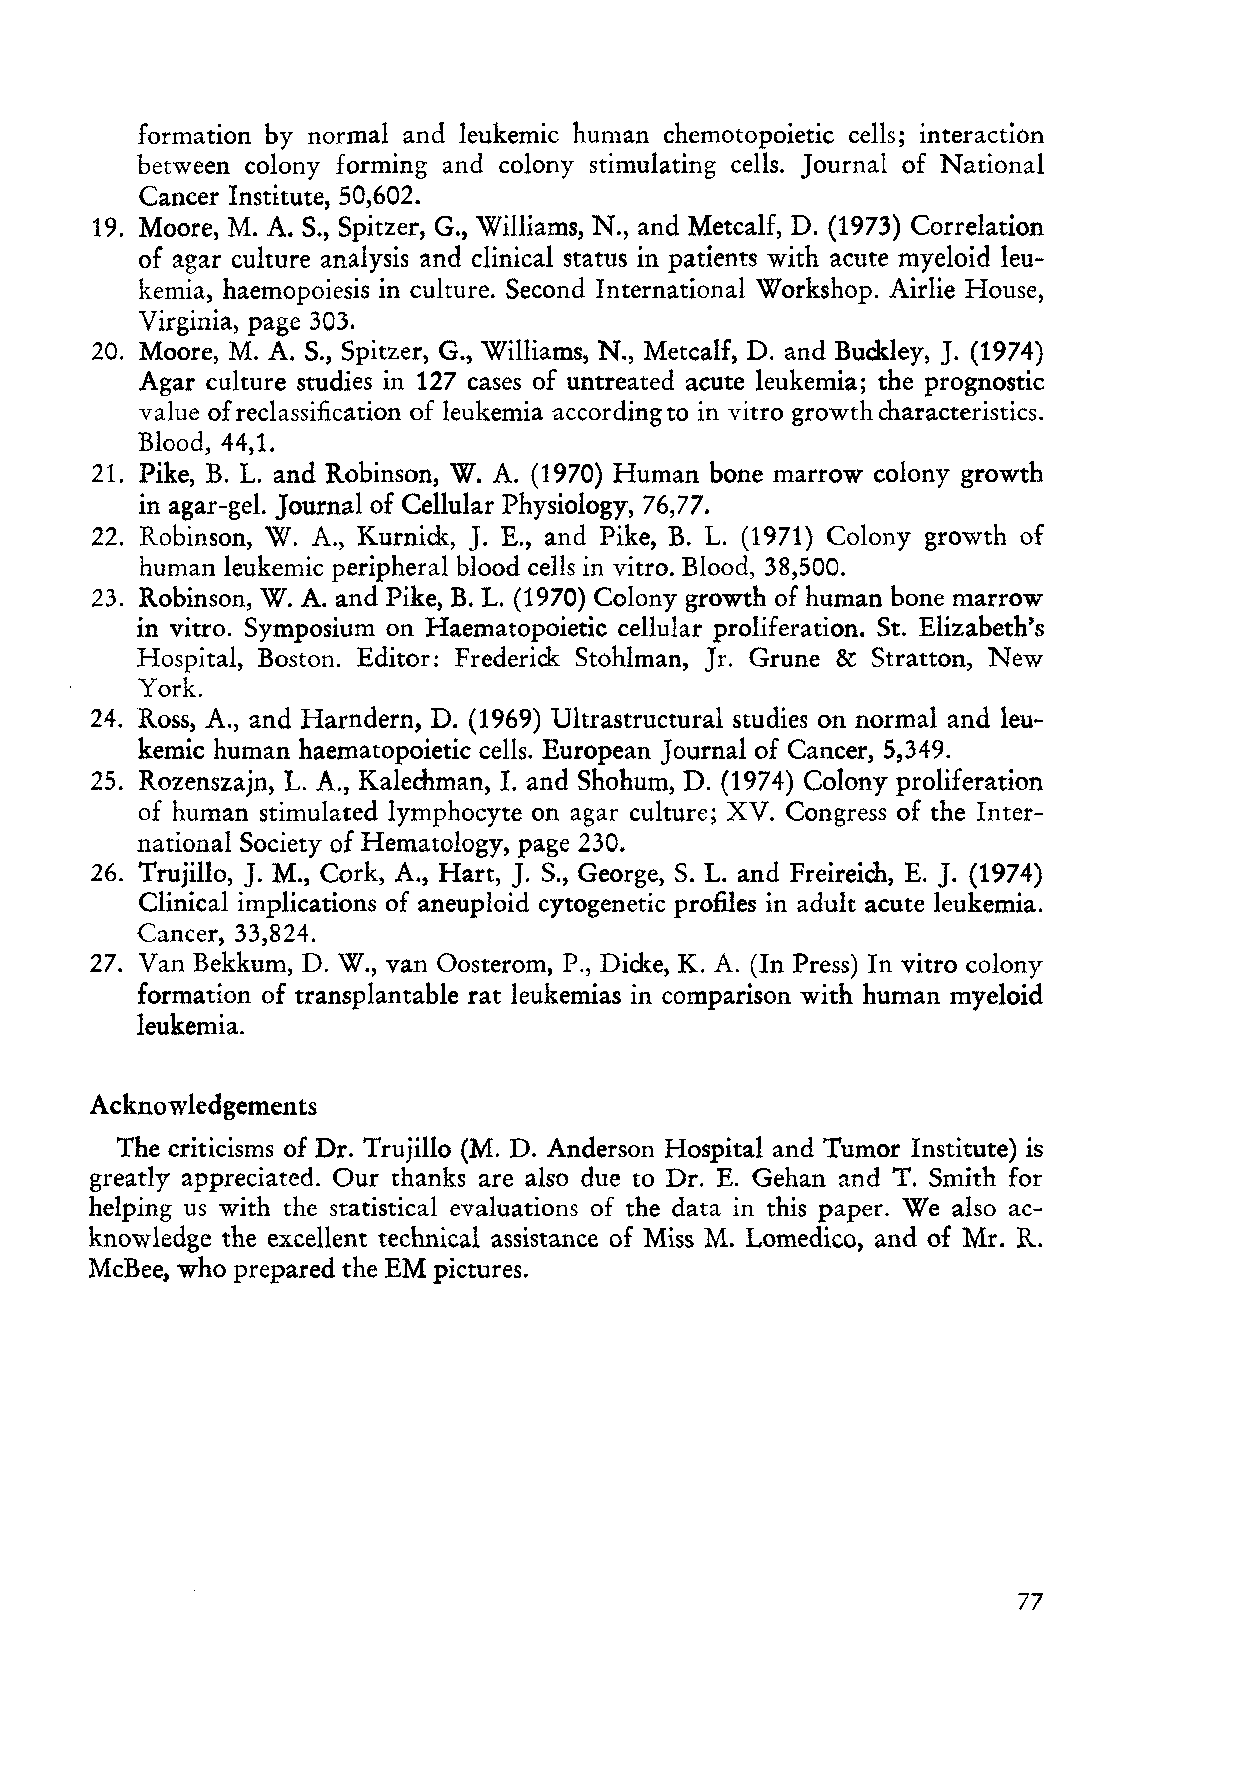
formation by normal and leukemic human chemotopoietic cells; interaction
 between colony forming and colony stimulating cells. Journal of National
 Cancer Institute, 50,602.
 19. Moore, M. A. S., Spitzer, G., Williams, N., and Metcalf, D. (1973) Correlation
 of ag ar culture analysis and clinical status in patients with acute myeloid leu
 kemia, haemopoiesis in culture. Second International Workshop. Airlie House,
 Virginia, page 303.
 20. Moore, M. A. S., Spitzer, G., Williams, N., Metcalf, D. and Buckley, J. (1974)
 Agar culture studies in 127 cases of untreated acute leukemia; the prognostic
 value of reclassification of leukemia according to in vitro growth characteristics.
 Blood, 44,1.
 21. Pike, B. 1. and Robinson, W. A. (1970) Human bone marrow colony growth
 in agar-gel. Journal of Cellular Physiology, 76,77.
 22. Robinson, W. A., Kurnick, J. E., and Pike, B. 1. (1971) Colony growth of
 human leukemic periphera l blood cells in vitro. Blood, 38,500.
 23. Robinson, W. A. and Pike, B. 1. (1970) Colony growth of human bone marrow
 in vitro. Symposium on Haematopoietic cellular proliferation. St. Elizabeth's
 Hospital, Boston. Editor: Frederick Stohlman, Jr. Grune & Stratton, New
 York.
 24. Ross, A., and Harndern, D. (1969) Ultrastructural studies on normal and leu
 kemic human haematopoietic cells. European Journal of Cancer, 5,349.
 25. Rozenszajn, 1. A., Kalechman, I. and Shohum, D. (1974) Colony proliferation
 of human stimulated lymphocyte on agar culture; XV. Congress of the Inter
 national Society of Hematology, page 230.
 J.
 26. Trujillo, J. M., Cork, A., Hart, S., George, S. 1. and Freireich, E. J. (1974)
 Clinical implications of aneuploid cytogenetic profiles in adult acute leukemia.
 Cancer, 33,824.
 27. Van Bekkum, D. W., van Oosterom, P., Dicke, K. A. (In Press) In vitro colony
 formation of transplantable rat leukemias in comparison with human myeloid
 leukemia.
 Acknowledgements
 The criticisms of Dr. Trujillo (M. D. Anderson Hospital and Tumor Institute) is
 greatly appreciated. Our thanks are also due to Dr. E. Gehan and T. Smith for
 helping us with the statistica1 evaluations of the data in this paper. We also ac
 knowledge the excellent technical assistance of Miss M. Lomedico, and of Mr. R.
 McBee, who prepared the EM pictures.
 77